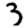
Digit: 3